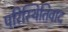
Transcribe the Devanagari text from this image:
परिस्थितिवाद